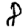
Digit: 8